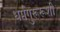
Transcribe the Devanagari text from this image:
धर्मगुरूरूशी